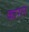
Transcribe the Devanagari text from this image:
कारल